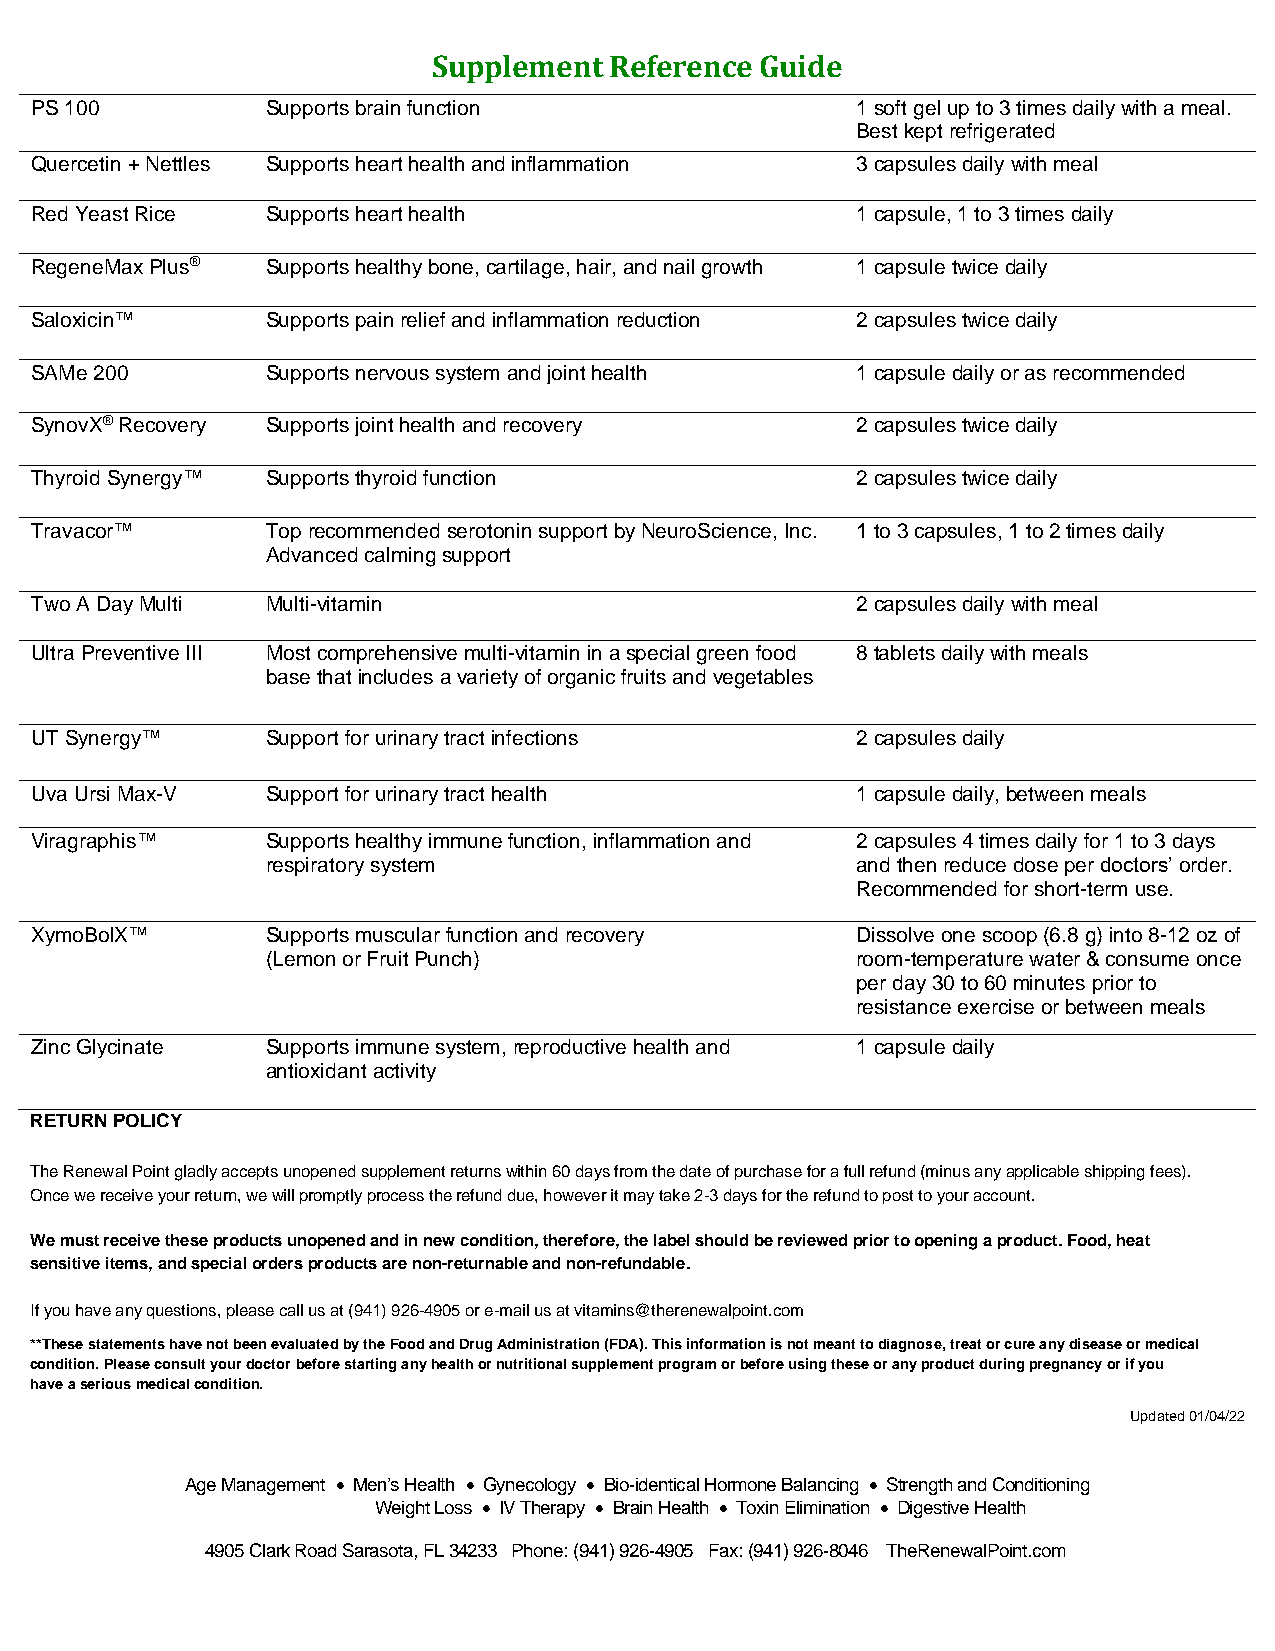
Supplement Reference Guide
 PS 100          Supports brain function                1 soft gel up to 3 times daily with a meal.
 Best kept refrigerated
 Quercetin + Nettles Supports heart health and inflammation 3 capsules daily with meal
 Red Yeast Rice  Supports heart health                  1 capsule, 1 to 3 times daily
 RegeneMax Plus® Supports healthy bone, cartilage, hair, and nail growth 1 capsule twice daily
 Saloxicin™      Supports pain relief and inflammation reduction 2 capsules twice daily
 SAMe 200        Supports nervous system and joint health 1 capsule daily or as recommended
 SynovX® Recovery Supports joint health and recovery    2 capsules twice daily
 Thyroid Synergy™ Supports thyroid function             2 capsules twice daily
 Travacor™       Top recommended serotonin support by NeuroScience, Inc. 1 to 3 capsules, 1 to 2 times daily
 Advanced calming support
 Two A Day Multi Multi-vitamin                          2 capsules daily with meal
 Ultra Preventive III Most comprehensive multi-vitamin in a special green food 8 tablets daily with meals
 base that includes a variety of organic fruits and vegetables
 UT Synergy™     Support for urinary tract infections   2 capsules daily
 Uva Ursi Max-V  Support for urinary tract health       1 capsule daily, between meals
 Viragraphis™    Supports healthy immune function, inflammation and 2 capsules 4 times daily for 1 to 3 days
 respiratory system                     and then reduce dose per doctors’ order.
 Recommended for short-term use.
 XymoBolX™       Supports muscular function and recovery Dissolve one scoop (6.8 g) into 8-12 oz of
 (Lemon or Fruit Punch)                 room-temperature water & consume once
 per day 30 to 60 minutes prior to
 resistance exercise or between meals
 Zinc Glycinate  Supports immune system, reproductive health and 1 capsule daily
 antioxidant activity
 RETURN POLICY
 The Renewal Point gladly accepts unopened supplement returns within 60 days from the date of purchase for a full refund (minus any applicable shipping fees).
 Once we receive your return, we will promptly process the refund due, however it may take 2-3 days for the refund to post to your account.
 We must receive these products unopened and in new condition, therefore, the label should be reviewed prior to opening a product. Food, heat
 sensitive items, and special orders products are non-returnable and non-refundable.
 If you have any questions, please call us at (941) 926-4905 or e-mail us at vitamins@therenewalpoint.com
 **These statements have not been evaluated by the Food and Drug Administration (FDA). This information is not meant to diagnose‚ treat or cure any disease or medical
 condition. Please consult your doctor before starting any health or nutritional supplement program or before using these or any product during pregnancy or if you
 have a serious medical condition.
 Updated 01/04/22
 Age Management • Men’s Health • Gynecology • Bio-identical Hormone Balancing • Strength and Conditioning
 Weight Loss • IV Therapy • Brain Health • Toxin Elimination • Digestive Health
 4905 Clark Road Sarasota, FL 34233 Phone: (941) 926-4905 Fax: (941) 926-8046 TheRenewalPoint.com